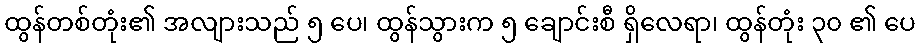
ထွန်တစ်တုံး၏ အလျားသည် ၅ ပေ၊ ထွန်သွားက ၅ ချောင်းစီ ရှိလေရာ၊ ထွန်တုံး ၃၀ ၏ ပေ